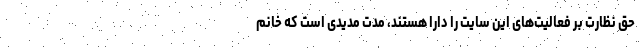
حق نظارت بر فعالیت‌های این سایت را دارا هستند، مدت مدیدی است که خانم